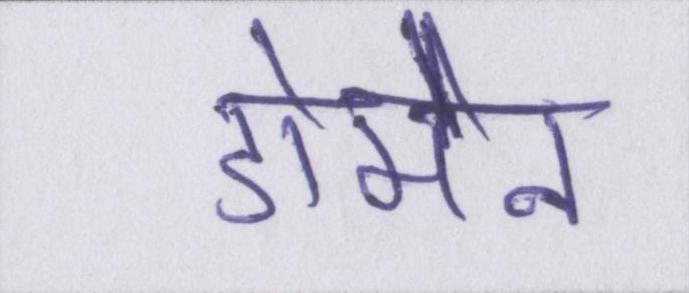
डोमेन